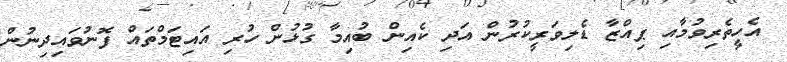
އެހީތެރިވުމާއި ޕިއްޒާ ޑެލިވަރީކުރުން އަދި ކެއިން ބުއިމާ ގުޅުން ހުރި އައިޓަމްތައް ފޮނުވައިދިނުން